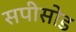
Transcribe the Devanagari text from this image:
सपीसोड